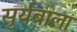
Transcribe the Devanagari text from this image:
सुर्यबाला